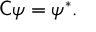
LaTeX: { \mathsf { C } } \psi = \psi ^ { * } .